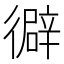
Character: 𢕾